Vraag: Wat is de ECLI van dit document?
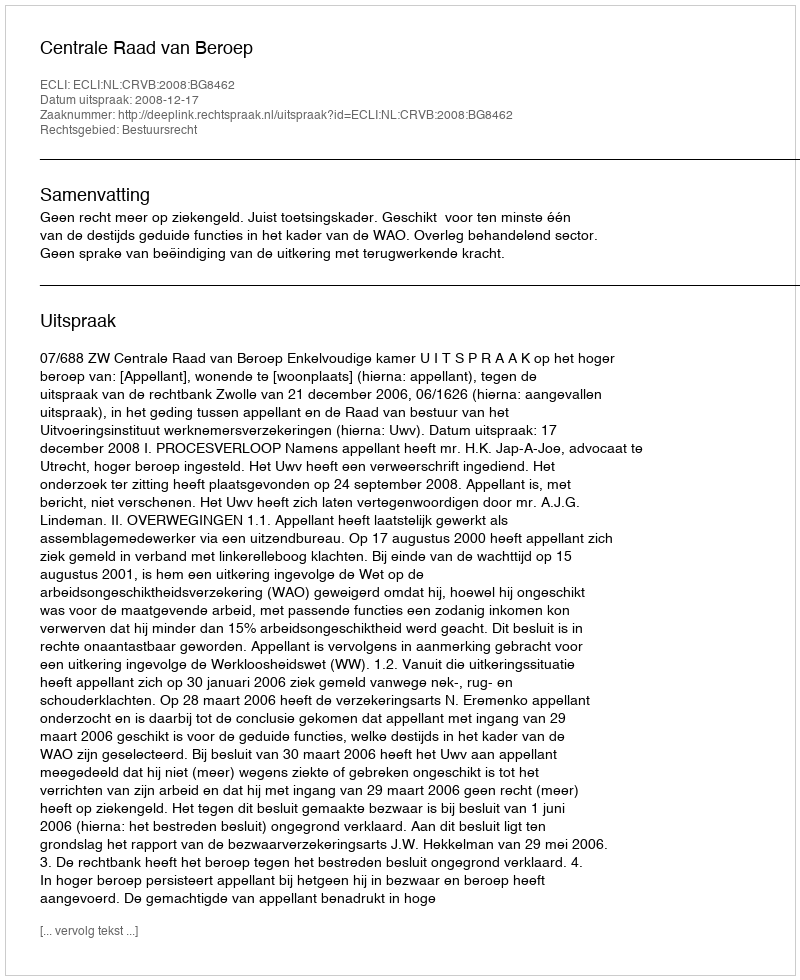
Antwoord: ECLI:NL:CRVB:2008:BG8462